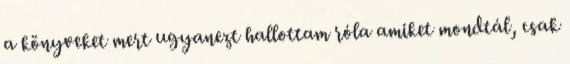
a könyveket mert ugyanezt hallottam róla amiket mondtál, csak